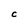
Character: C